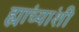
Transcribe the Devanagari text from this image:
ह्यांच्यांशी